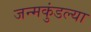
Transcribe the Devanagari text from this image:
जन्मकुंडल्या